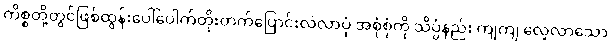
ကိစ္စတို့တွင်ဖြစ်ထွန်းပေါ်ပေါက်တိုးတက်ပြောင်းလဲလာပုံ အစုံစုံကို သိပ္ပံနည်း ကျကျ လေ့လာသော